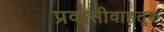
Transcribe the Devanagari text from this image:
प्रवासीवाहतूक